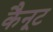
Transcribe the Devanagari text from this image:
कैनूट